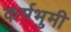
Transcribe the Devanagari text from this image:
कर्मभुमी